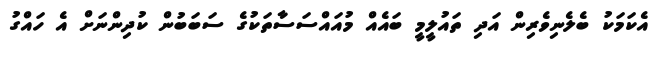
އެކަމަކު ބެލެނިވެރިން އަދި ތައުލީމީ ބައެއް މުއައްސަސާތަކުގެ ސަބަބުން ކުދިންނަށް އެ ހައްގު